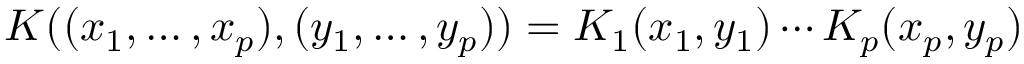
K ( ( x _ { 1 } , \ldots , x _ { p } ) , ( y _ { 1 } , \ldots , y _ { p } ) ) = K _ { 1 } ( x _ { 1 } , y _ { 1 } ) \cdots K _ { p } ( x _ { p } , y _ { p } )